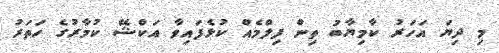
މި ދިޔަ އަހަރު ކާމިޔާބު ތިން ފިލްމެއް ކުޅެފައިވާ އަކްޝޭ ކުމާރުގެ ހަތަރު